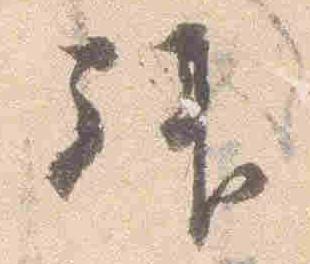
拝